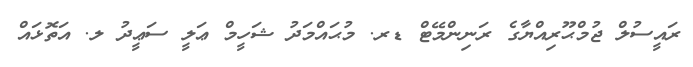
ރަަައީސުލް ޖުމްޙޫރިއްޔާގެ ރަނިންމޭޓް ޑރ. މުޙައްމަދު ޝަހީމް ޢަލީ ސަޢީދު ލ. އަތޮޅައް